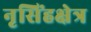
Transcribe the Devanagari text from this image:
नृसिंहक्षेत्र